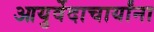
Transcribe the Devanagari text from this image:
आयुर्वेदाचार्यांना